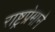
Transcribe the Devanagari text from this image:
राष्ट्रप्रेमाने